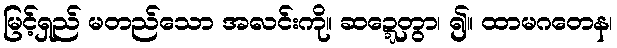
မြင့်ရှည် မတည်သော အလင်းကို။ ဆဍ္ဍေတွာ၊ ၍။ ထာမဂတေန၊